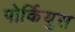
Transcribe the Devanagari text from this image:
पोर्कियुस